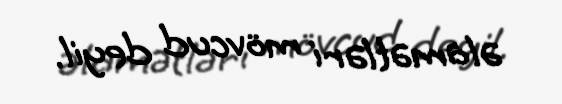
əlamətləri mövcud deyil.